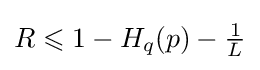
R\leqslant 1-H_{q}(p)-{\tfrac {1}{L}}